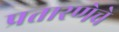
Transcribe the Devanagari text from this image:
प्रतारणेचे